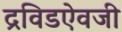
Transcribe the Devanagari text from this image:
द्रविडऐवजी